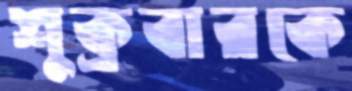
শুক্রবারকে